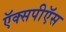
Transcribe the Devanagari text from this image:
ऍक्सपीऍस